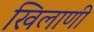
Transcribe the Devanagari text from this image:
खिलाणी